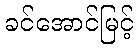
ခင်အောင်မြင့်